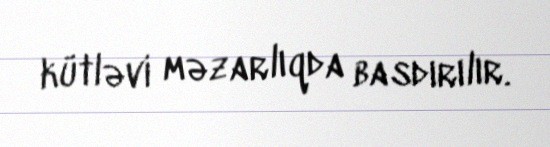
kütləvi məzarlıqda basdırılır.